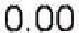
0.00